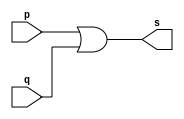
// -------------------------
// Exemplo0004 - OR
// Nome: Ana Paula da Silva
// -------------------------
// -------------------------
// -- or gate
// -------------------------
module orgate ( output s,
input p, q);
assign s = p | q;
endmodule // orgate
// ---------------------
// -- test or gate
// ---------------------
module testorgate;
// ------------------------- dados locais
reg a, b; // definir registradores
wire s; // definir conexao (fio)
// ------------------------- instancia
orgate OR1 (s, a, b);
// ------------------------- preparacao
initial begin:start
// atribuicao simultanea
// dos valores iniciais
a=0; b=0;
end
// ------------------------- parte principal
initial begin
$display("Exemplo0004 - Ana Paula- 471906");
$display("Test OR gate");
$display("\na & b = s\n");
a=0; b=0;
#1 $display("%b & %b = %b", a, b, s);
a=0; b=1;
#1 $display("%b & %b = %b", a, b, s);
a=1; b=0;
#1 $display("%b & %b = %b", a, b, s);
a=1; b=1;
#1 $display("%b & %b = %b", a, b, s);
end
endmodule // testorgate